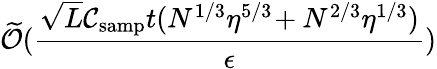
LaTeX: \widetilde{\cal O}(\frac{\sqrt{L}{\cal C}_{\mathrm{samp}}t(N^{1/3}\eta^{5/3}\! +N^{2/3}\eta^{1/3})}{\epsilon})